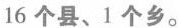
16个县、1个乡。